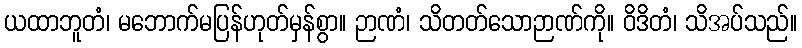
ယထာဘူတံ၊ မဘောက်မပြန်ဟုတ်မှန်စွာ။ ဉာဏံ၊ သိတတ်သောဉာဏ်ကို။ ဝိဒိတံ၊ သိအပ်သည်။